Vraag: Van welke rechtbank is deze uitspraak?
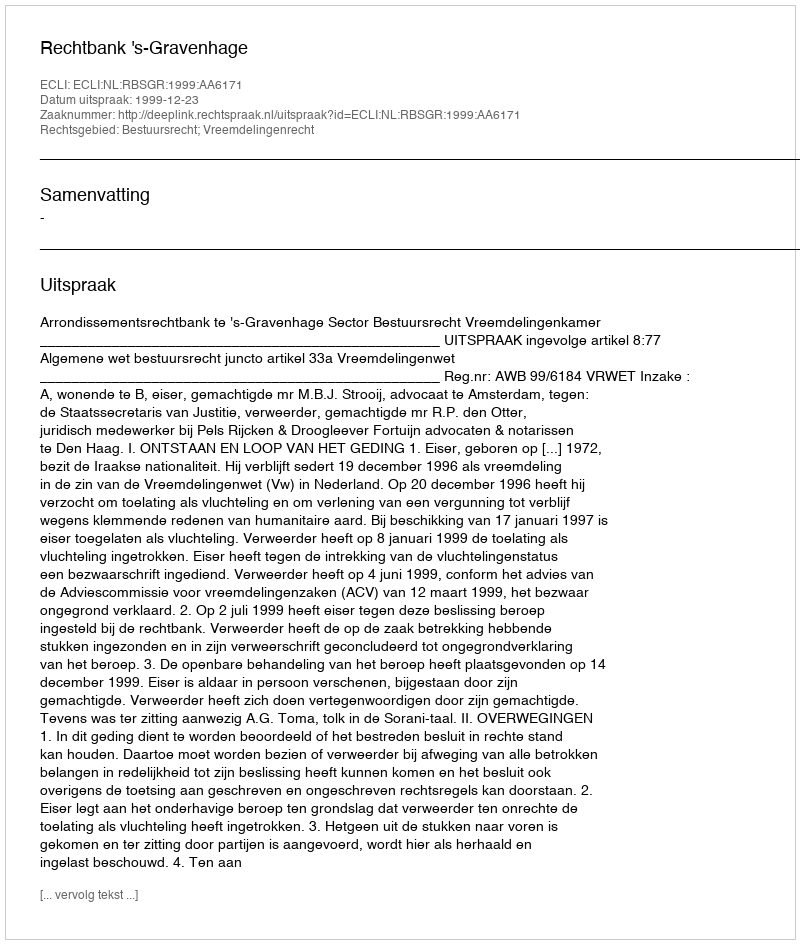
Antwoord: Rechtbank 's-Gravenhage